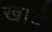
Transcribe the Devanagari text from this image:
खादे